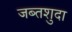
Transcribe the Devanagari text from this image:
जब्तशुदा